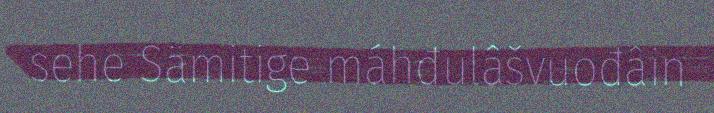
sehe Sämitige máhđulâšvuođâin